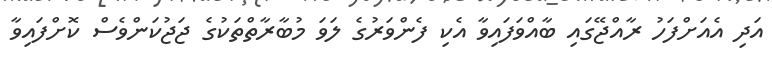
އަދި އެއަށްފަހު ރާއްޖޭގައި ބާއްވަފައިވާ އެކި ފެންވަރުގެ ލަވަ މުބާރާތްތަކުގެ ޖަޖުކަންވެސް ކޮށްފައިވާ